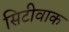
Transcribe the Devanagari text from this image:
सिटीवाक